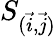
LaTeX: S_{(\vec{i},\vec{j})}